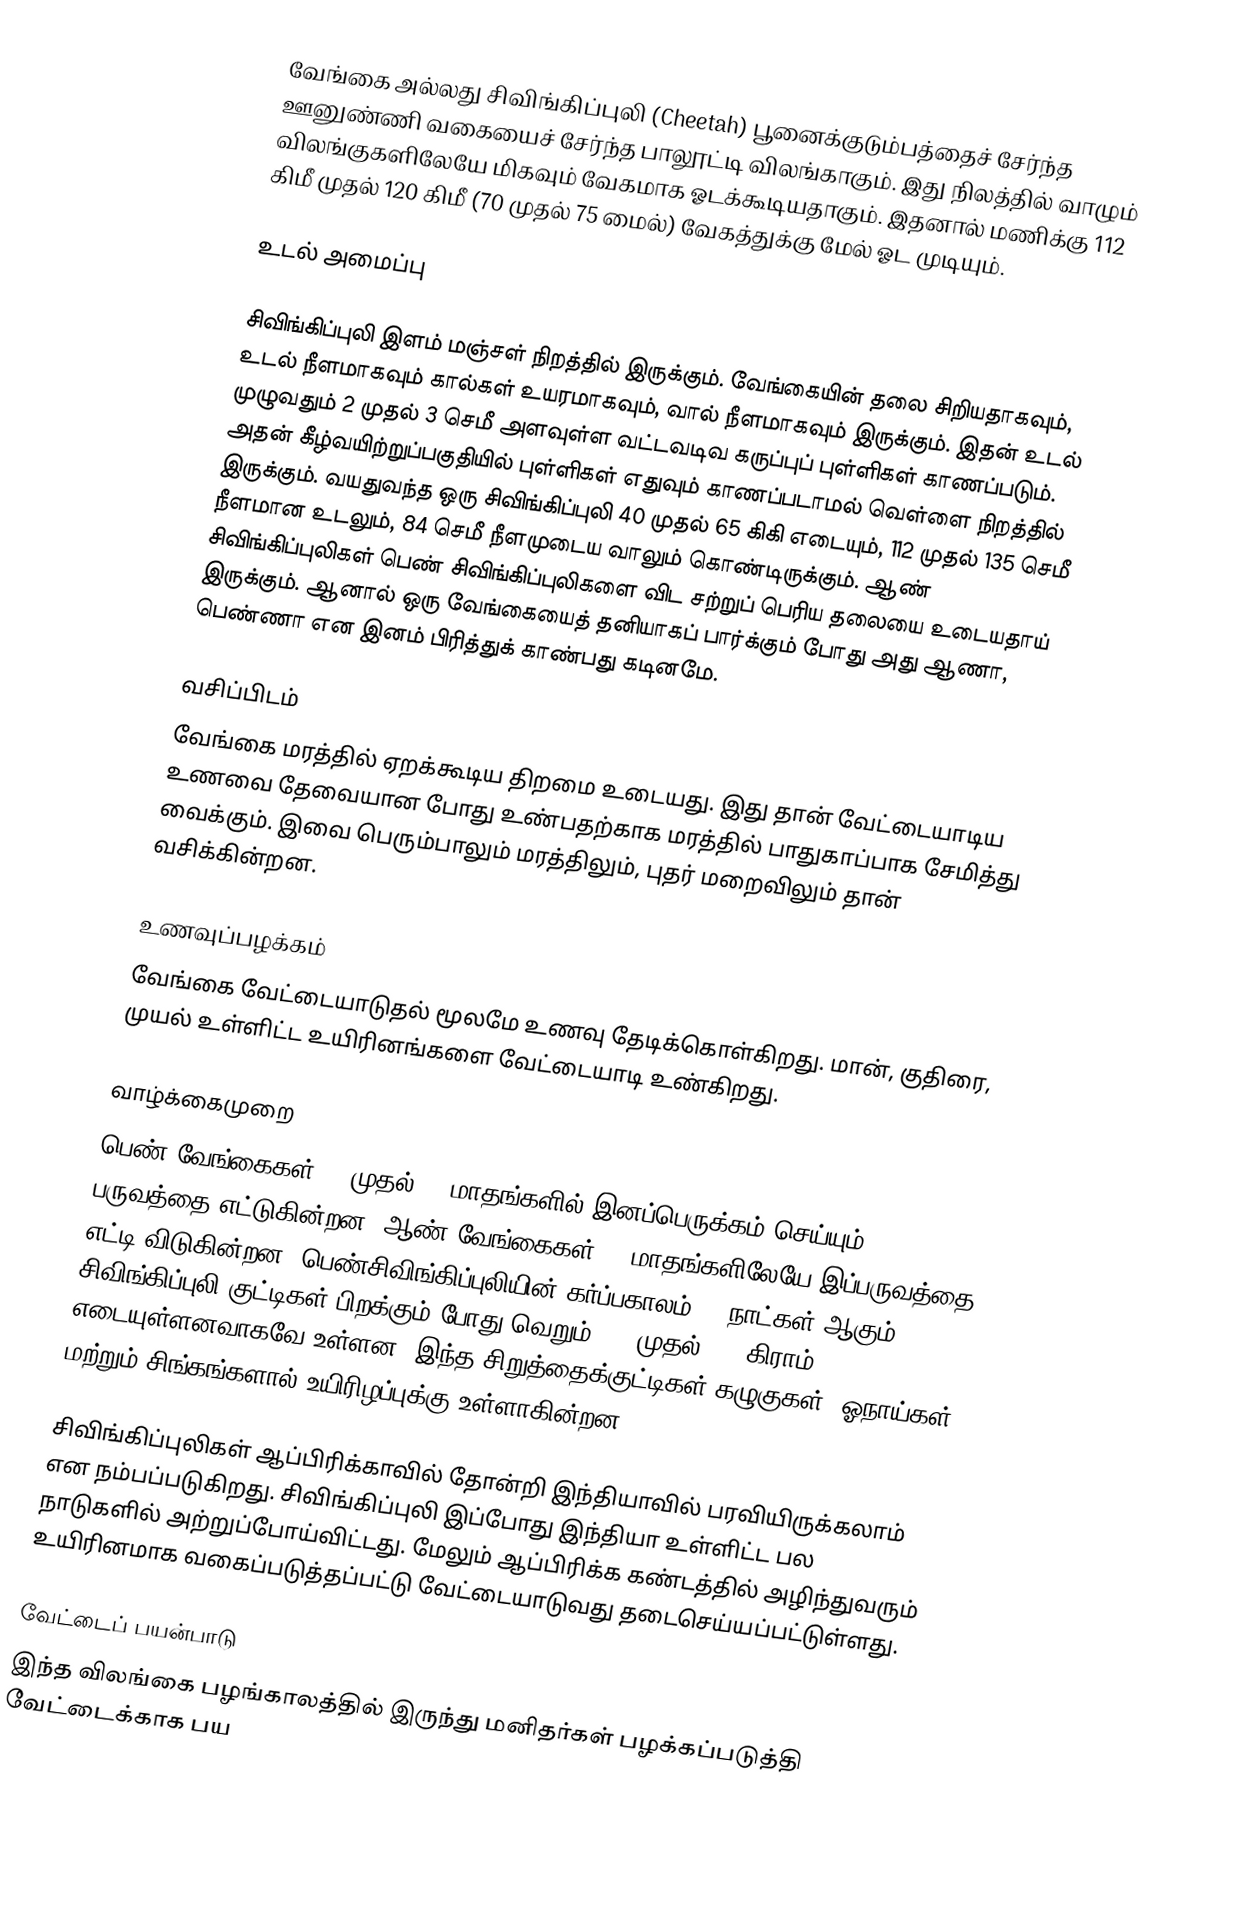
வேங்கை அல்லது சிவிங்கிப்புலி (Cheetah) பூனைக்குடும்பத்தைச் சேர்ந்த ஊனுண்ணி வகையைச் சேர்ந்த பாலூட்டி விலங்காகும். இது நிலத்தில் வாழும் விலங்குகளிலேயே மிகவும் வேகமாக ஓடக்கூடியதாகும். இதனால் மணிக்கு 112 கிமீ முதல் 120 கிமீ (70 முதல் 75 மைல்) வேகத்துக்கு மேல் ஓட முடியும்.

உடல் அமைப்பு

சிவிங்கிப்புலி இளம் மஞ்சள் நிறத்தில் இருக்கும். வேங்கையின் தலை சிறியதாகவும், உடல் நீளமாகவும் கால்கள் உயரமாகவும், வால் நீளமாகவும் இருக்கும். இதன் உடல் முழுவதும் 2 முதல் 3 செமீ அளவுள்ள வட்டவடிவ கருப்புப் புள்ளிகள் காணப்படும். அதன் கீழ்வயிற்றுப்பகுதியில் புள்ளிகள் எதுவும் காணப்படாமல் வெள்ளை நிறத்தில் இருக்கும். வயதுவந்த ஒரு சிவிங்கிப்புலி 40 முதல் 65 கிகி எடையும், 112 முதல் 135 செமீ நீளமான உடலும், 84 செமீ நீளமுடைய வாலும் கொண்டிருக்கும். ஆண் சிவிங்கிப்புலிகள் பெண் சிவிங்கிப்புலிகளை விட சற்றுப் பெரிய தலையை உடையதாய் இருக்கும். ஆனால் ஒரு வேங்கையைத் தனியாகப் பார்க்கும் போது அது ஆணா, பெண்ணா என இனம் பிரித்துக் காண்பது கடினமே.

வசிப்பிடம்
வேங்கை மரத்தில் ஏறக்கூடிய திறமை உடையது. இது தான் வேட்டையாடிய உணவை தேவையான போது உண்பதற்காக மரத்தில் பாதுகாப்பாக சேமித்து வைக்கும். இவை பெரும்பாலும் மரத்திலும், புதர் மறைவிலும் தான் வசிக்கின்றன.

உணவுப்பழக்கம்
வேங்கை வேட்டையாடுதல் மூலமே உணவு தேடிக்கொள்கிறது. மான், குதிரை, முயல் உள்ளிட்ட உயிரினங்களை வேட்டையாடி உண்கிறது.

வாழ்க்கைமுறை
 பெண் வேங்கைகள் 20 முதல் 22 மாதங்களில் இனப்பெருக்கம் செய்யும் பருவத்தை எட்டுகின்றன. ஆண் வேங்கைகள் 12 மாதங்களிலேயே இப்பருவத்தை எட்டி விடுகின்றன. பெண்சிவிங்கிப்புலியின் கர்ப்பகாலம் 98 நாட்கள் ஆகும். சிவிங்கிப்புலி குட்டிகள் பிறக்கும் போது வெறும் 150 முதல் 300 கிராம் எடையுள்ளனவாகவே உள்ளன. இந்த சிறுத்தைக்குட்டிகள் கழுகுகள், ஓநாய்கள் மற்றும் சிங்கங்களால் உயிரிழப்புக்கு உள்ளாகின்றன.

சிவிங்கிப்புலிகள் ஆப்பிரிக்காவில் தோன்றி இந்தியாவில் பரவியிருக்கலாம் என நம்பப்படுகிறது. சிவிங்கிப்புலி இப்போது இந்தியா உள்ளிட்ட பல நாடுகளில் அற்றுப்போய்விட்டது. மேலும் ஆப்பிரிக்க கண்டத்தில் அழிந்துவரும் உயிரினமாக வகைப்படுத்தப்பட்டு வேட்டையாடுவது தடைசெய்யப்பட்டுள்ளது.

வேட்டைப் பயன்பாடு
இந்த விலங்கை பழங்காலத்தில் இருந்து மனிதர்கள் பழக்கப்படுத்தி வேட்டைக்காக பய